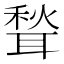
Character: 𫆉